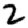
Digit: 2